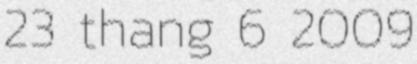
23 thang 6 2009